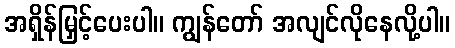
အရှိန်မြှင့်ပေးပါ။ ကျွန်တော် အလျင်လိုနေလို့ပါ။